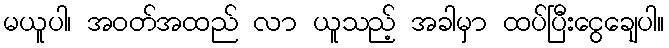
မယူပါ၊ အဝတ်အထည် လာ ယူသည့် အခါမှာ ထပ်ပြီးငွေချေပါ။